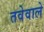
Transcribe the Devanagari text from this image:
तवेवाले